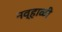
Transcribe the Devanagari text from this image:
नव्हाळी